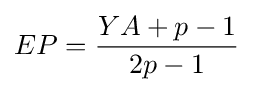
EP={\frac {YA+p-1}{2p-1}}